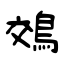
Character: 鵁